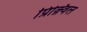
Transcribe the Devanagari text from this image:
प्रिक़्विल